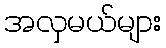
အလှမယ်များ